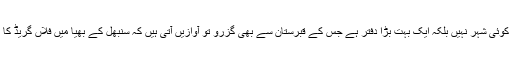
اسلام آباد کوئی شہر نہیں بلکہ ایک بہت بڑا دفتر ہے جس کے قبرستان سے بھی گزرو تو آوازیں آتی ہیں کہ سنبھل کے بھیا میں فلاں گریڈ کا افسر رہا۔